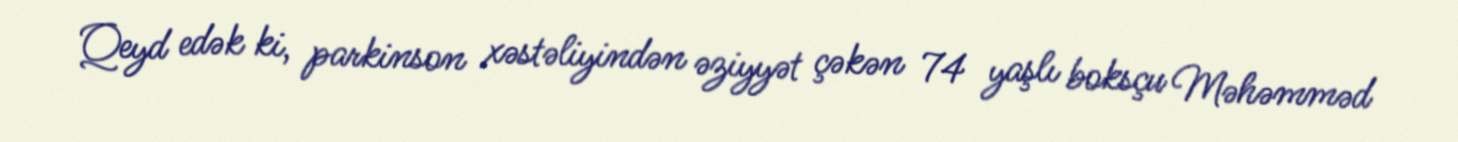
Qeyd edək ki, parkinson xəstəliyindən əziyyət çəkən 74 yaşlı boksçu Məhəmməd